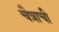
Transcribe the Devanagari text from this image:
चैत्राची